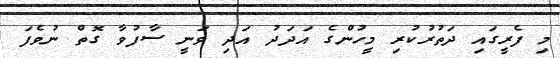
މި ފެރީގައި ދަތުރުކުރި މީހުންގެ އަދަދު އަދި ވަނީ ސާފުވާ ގޮތް ނުވެފަ